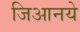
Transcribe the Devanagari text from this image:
जिआनये